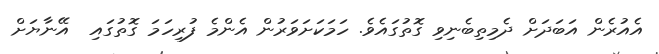
އެއުރެން އަބަދަށް ދެމިތިބެނިވި ގޮތުގައެވެ. ހަމަކަށަވަރުން އެންމެ ފުރިހަމަ ގޮތުގައި  އޭނާޔަށް